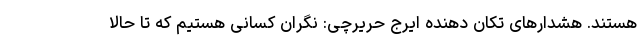
هستند. هشدارهای تکان دهنده ایرج حریرچی: نگران کسانی هستیم که تا حالا